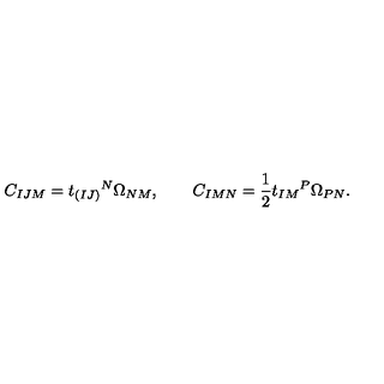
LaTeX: C _ { I J M } = t _ { ( I J ) } { } ^ { N } \Omega _ { N M } , \qquad C _ { I M N } = \frac 1 2 t _ { I M } { } ^ { P } \Omega _ { P N } .